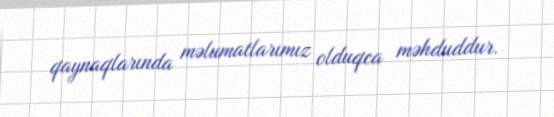
qaynaqlarında məlumatlarımız olduqca məhduddur.